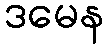
ဒမေန